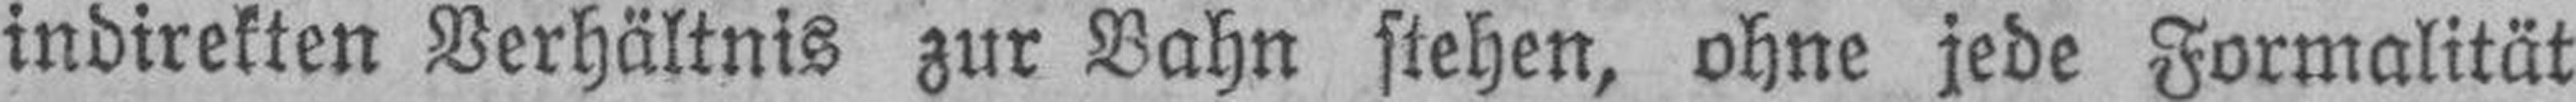
indirekten Verhältnis zur Bahn stehen, ohne jede Formalität